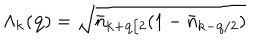
\Lambda _ { { \bf { k } } } ( { \bf { q } } ) = \sqrt { { \bar { n } } _ { { \bf { k } } + { \bf { q } } / 2 } ( 1 - { \bar { n } } _ { { \bf { k } } - { \bf { q } } / 2 } ) }